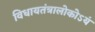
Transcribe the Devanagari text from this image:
विधायतंत्रालोकोऽयं